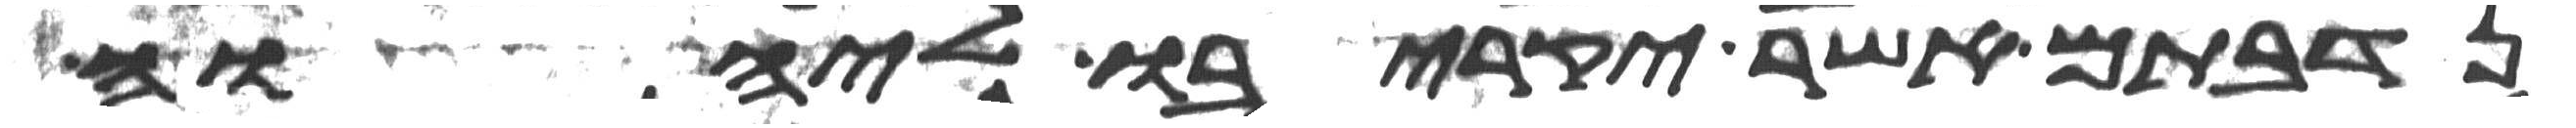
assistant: נדבתם אשר יקריבו ליהוה